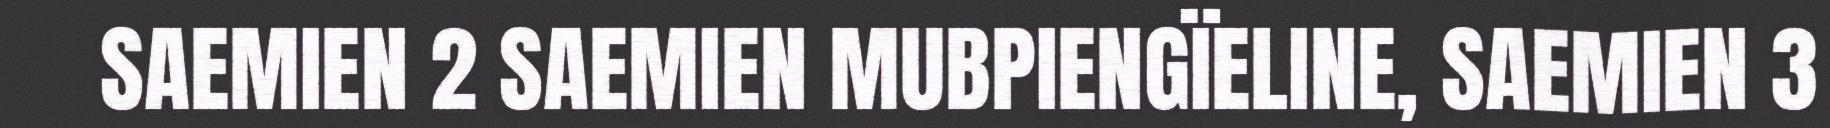
SAEMIEN 2 SAEMIEN MUBPIENGÏELINE, SAEMIEN 3